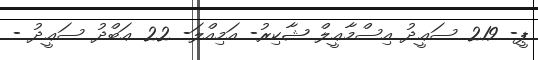
ޕީ- 219 ސަޢީދު އިސްމާޢީލް ޝާކިރު- އަމިއްލަ- 22 ޢަބްދު ސަޢީދު -